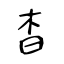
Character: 杳